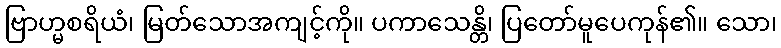
ဗြာဟ္မစရိယံ၊ မြတ်သောအကျင့်ကို။ ပကာသေန္တိ၊ ပြတော်မူပေကုန်၏။ သော၊